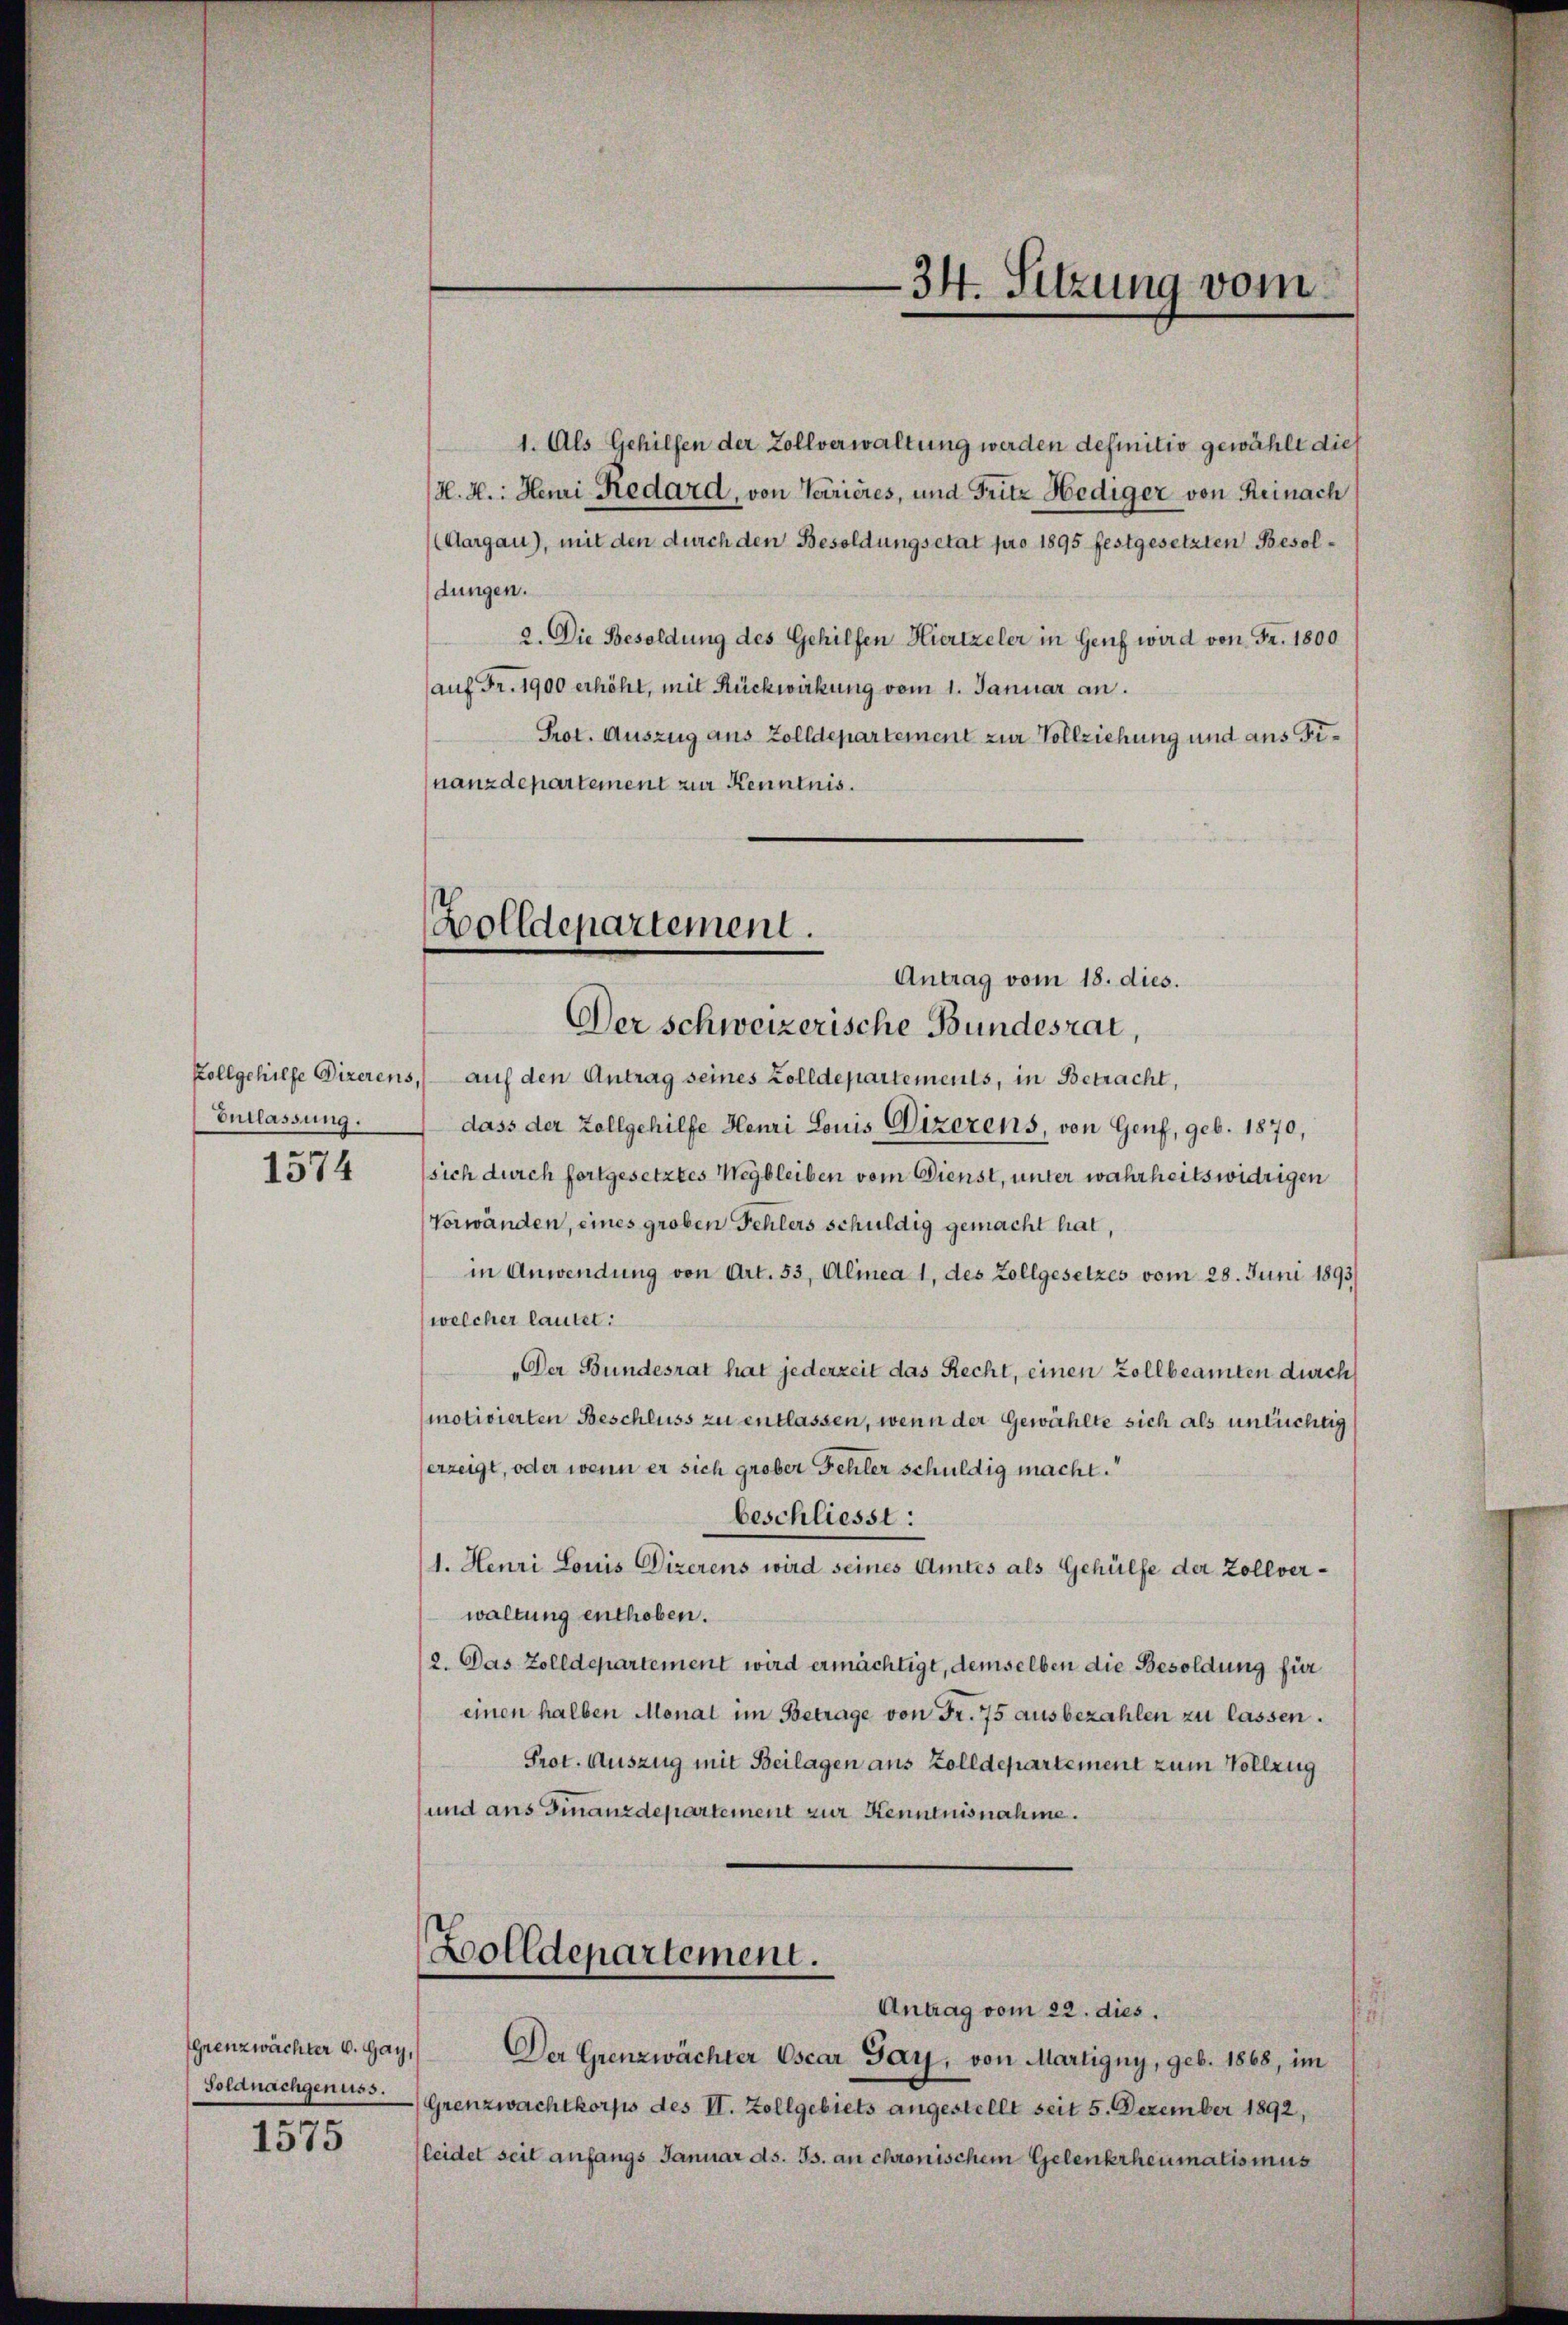
Entlassung.

1574

grenzwächter v. Hay,
Soldnachgenuss.

1575

1. Als Gehilfen der Zollverwaltung werden definitiv gewählt die
H. H. Heuri Redard, von Varieres, und Fritz Hediger von Reinach
Aargau), mit den durch den Besoldungsetat pro 1895 festgesetzten Besoldungen.
2. Die Besoldung des Gehilfen Hiertzeler in Genf wird von Fr. 1800
(auf Fr. 1900 erhöht, mit Rückwirkung vom 1. Januar an.
Prot. Auszug aus Zolldepartement zur Vollziehung und aus Finanzdepartement zur Kenntnis.

Zolldepartement.
Antrag vom 18. dies.

Zolldepartement.

34. Sitzung vom

Der schweizerische Bundesrat,
Zollgehilfe Direrens, auf den Antrag seines Zolldepartements, in Betracht,
dass der Zollgehilfe Henri Louis Vizerens, von Genf, geb. 1870,
sich durch fortgesetztes Wegbleiben vom Dienst, unter wahrheitswidrigen
Vorwänden, eines groben Fehlers schuldig gemacht hat,
in Anwendung von Art. 53, Alinea 1, des Zollgesetzes vom 28. Juni 1893)
welcher lautet:
„Der Bundesrat hat jederzeit das Recht, einen Zollbeamten durch
motivierten Beschluss zu entlassen, wenn der Gewählte sich als untüchtig
erzeigt, oder wenn er sich grober Fehler schuldig macht.
beschliesst:
1. Heuri Louis Dizerens wird seines Amtes als Gehülfe der Zollverwaltung enthoben.
2. Das Zolldepartement wird ermächtigt, demselben die Besoldung für
einen halben Monat im Betrage von Fr. 75 ausbezahlen zu lassen.
Prot. Auszug mit Beilagen aus Zolldepartement zum Vollzug
und aus Finanzdepartement zur Kenntnisnahme.

Antrag vom 22. dies.
Der Grenzwächter Escar Jay, von Martigny, geb. 1868, im
Grenzwachtkorps des II. Zollgebiets angestellt seit 5. Dezember 1892,
(leidet seit anfangs Januar ds. Js. an chronischem Gelenkrheumatismus